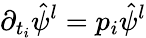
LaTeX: \partial_{t_{i}}\hat{\psi}^{l}=p_{i}\hat{\psi}^{l}